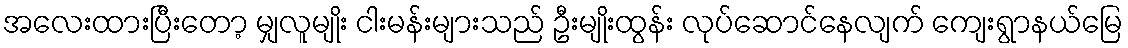
အလေးထားပြီးတော့ မျှလူမျိုး ငါးမန်းများသည် ဦးမျိုးထွန်း လုပ်ဆောင်နေလျက် ကျေးရွာနယ်မြေ